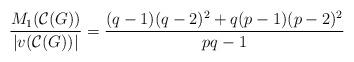
LaTeX: \begin{align*}\dfrac{M_{1}(\mathcal{C}(G))}{|v(\mathcal{C}(G))|}=\dfrac{(q-1)(q-2)^{2}+q(p-1)(p-2)^{2}}{pq-1} \end{align*}